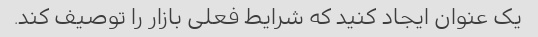
یک عنوان ایجاد کنید که شرایط فعلی بازار را توصیف کند.